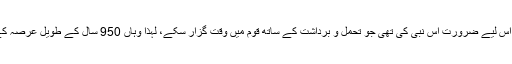
طویل دعوت کے لیے صبر و استقامت اور برداشت کی ضرورت ہوتی ہے اس لیے ضرورت اُس نبی کی تھی جو تحمل و برداشت کے ساتھ قوم میں وقت گزار سکے، لہذا وہاں 950 سال کے طویل عرصہ کے باوجود برداشت کا وصف رکھنے والے نبی نوح علیہ السلام کو بھیجا گیا۔